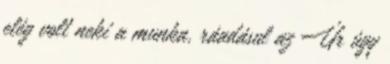
elég volt neki a munka, ráadásul az Úr úgy